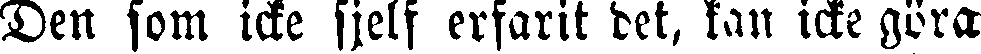
Den som icke sjelf erfarit det, kan icke göra